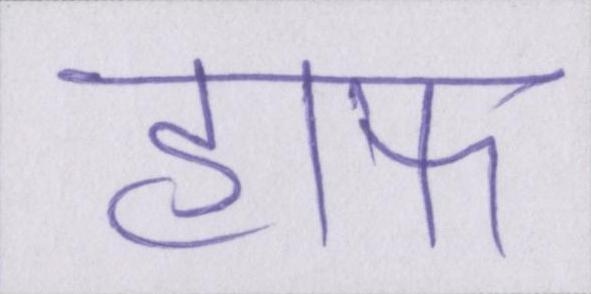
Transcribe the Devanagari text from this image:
हाफ